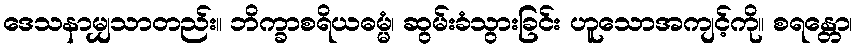
ဒေသနာမျှသာတည်း။ ဘိက္ခာစရိယဓမ္မံ၊ ဆွမ်းခံသွားခြင်း ဟူသောအကျင့်ကို။ စရန္တော၊